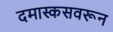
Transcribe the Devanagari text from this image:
दमास्कसवरून